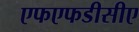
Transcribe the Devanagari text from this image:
एफएफडीसीए